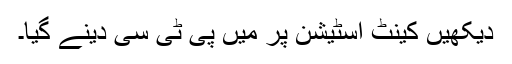
دیکھیں کینٹ اسٹیشن پر میں پی ٹی سی دینے گیا۔